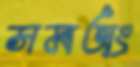
সমঅং